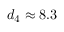
d _ { 4 } \approx 8 . 3